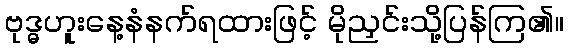
ဗုဒ္ဓဟူးနေ့နံနက်ရထားဖြင့် မိုညှင်းသို့ပြန်ကြ၏။